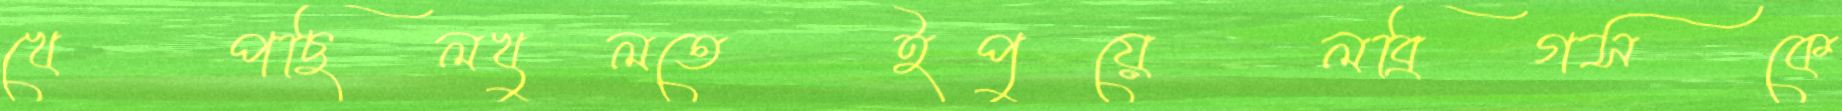
খেপছিলখুলতেইপুয়েলব্রিগসকে